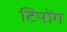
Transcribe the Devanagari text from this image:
टिपोंग